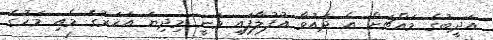
އަދީބުގެ މައްޗަށް އެ ދައުވާ އުފުލާފައި ވަނީ މިދިޔަ އަހަރުގެ މެއި މަހުގެ